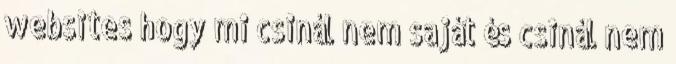
websites hogy mi csinál nem saját és csinál nem